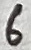
Text: 6